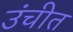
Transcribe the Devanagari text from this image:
उंचीत